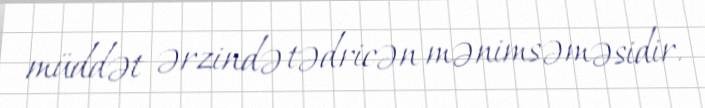
müddət ərzində tədricən mənimsəməsidir.